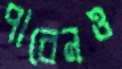
পারেনও